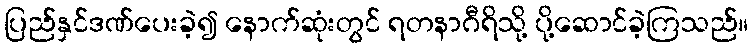
ပြည်နှင်ဒဏ်ပေးခဲ့၍ နောက်ဆုံးတွင် ရတနာဂီရိသို့ ပို့ဆောင်ခဲ့ကြသည်။